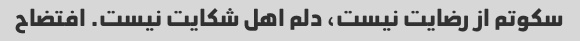
سکوتم از رضایت نیست، دلم اهل شکایت نیست. افتضاح